Report of an investigation of the epidemic of malarial fever in Assam, or, kala-azar
Disease focus: Malaria
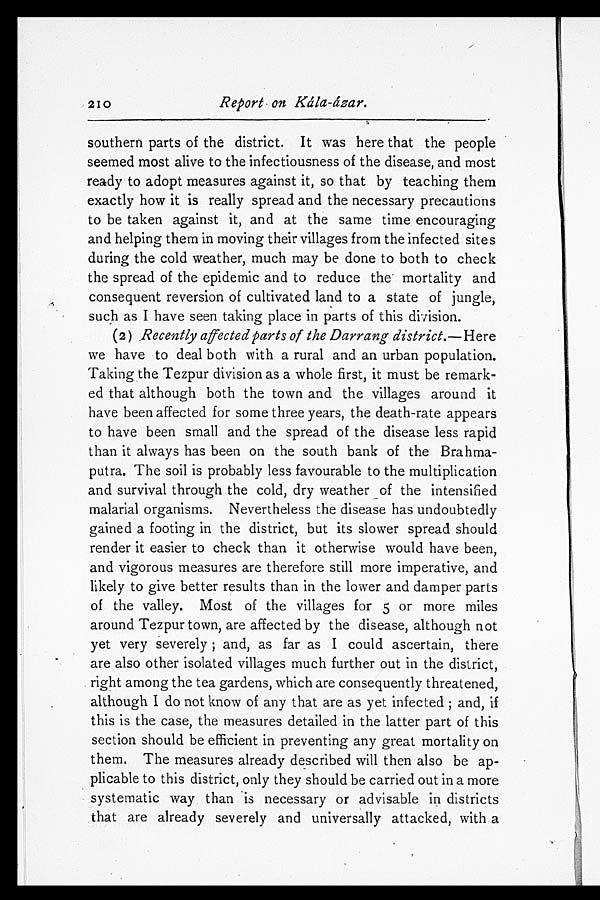
210
Report on Kála-ázar.
southern parts of the district. It was here that the people
seemed most alive to the infectiousness of the disease, and most
ready to adopt measures against it, so that by teaching them
exactly how it is really spread and the necessary precautions
to be taken against it, and at the same time encouraging
and helping them in moving their villages from the infected sites
during the cold weather, much may be done to both to check
the spread of the epidemic and to reduce the mortality and
consequent reversion of cultivated land to a state of jungle,
such as I have seen taking place in parts of this division.
(2) Recently affected parts of the Darrang district. —Here
we have to deal both with a rural and an urban population.
Taking the Tezpur division as a whole first, it must be remark-
ed that although both the town and the villages around it
have been affected for some three years, the death-rate appears
to have been small and the spread of the disease less rapid
than it always has been on the south bank of the Brahma-
putra. The soil is probably less favourable to the multiplication
and survival through the cold, dry weather of the intensified
malarial organisms. Nevertheless the disease has undoubtedly
gained a footing in the district, but its slower spread should
render it easier to check than it otherwise would have been,
and vigorous measures are therefore still more imperative, and
likely to give better results than in the lower and damper parts
of the valley. Most of the villages for 5 or more miles
around Tezpur town, are affected by the disease, although not
yet very severely; and, as far as I could ascertain, there
are also other isolated villages much further out in the district,
right among the tea gardens, which are consequently threatened,
although I do not know of any that are as yet infected; and, if
this is the case, the measures detailed in the latter part of this
section should be efficient in preventing any great mortality on
them. The measures already described will then also be ap-
plicable to this district, only they should be carried out in a more
systematic way than is necessary or advisable in districts
that are already severely and universally attacked, with a